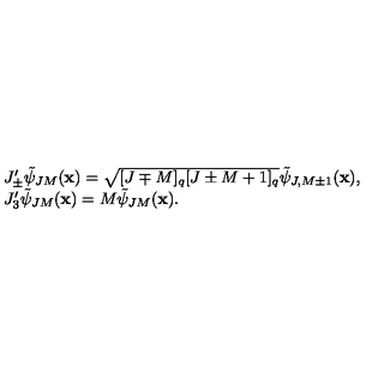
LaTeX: \begin{array} { l } { J _ { \pm } ^ { \prime } \tilde { \psi } _ { J M } ( { \bf x } ) = \sqrt { [ J \mp M ] _ { q } [ J \pm M + 1 ] _ { q } } \tilde { \psi } _ { J , M \pm 1 } ( { \bf x } ) , } \\ { J _ { 3 } ^ { \prime } \tilde { \psi } _ { J M } ( { \bf x } ) = M \tilde { \psi } _ { J M } ( { \bf x } ) . } \\ \end{array}